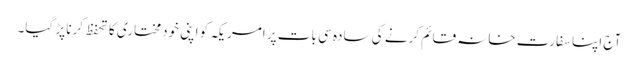
آج اپنا سفارت خانہ قائم کرنے کی سادہ سی بات پر امریکہ کو اپنی خودمختاری کا تحفظ کرنا پڑ گیا۔